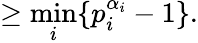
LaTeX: \geq{\underset{i}{\min}}\{ p_{i}^{\alpha_{i}}-1\} .